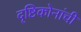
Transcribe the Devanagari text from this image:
दृष्टिकोनांची